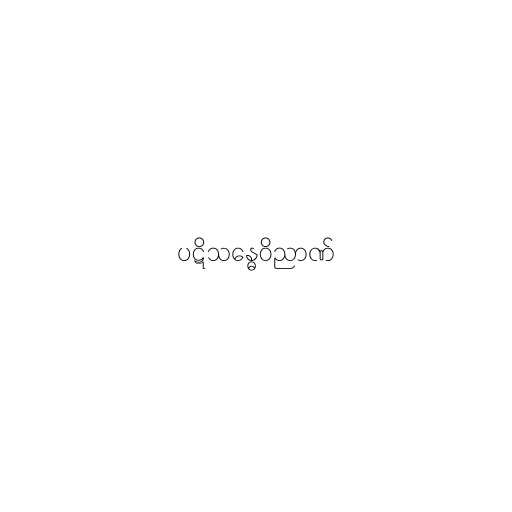
ပဋိသန္ဓေဝိညာဏ်